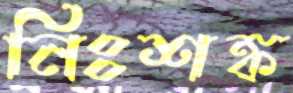
নিঃশঙ্ক